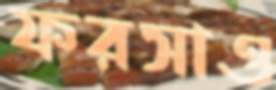
ফরসাও